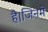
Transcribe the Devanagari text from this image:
है।जिनमे